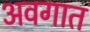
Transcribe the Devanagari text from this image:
अवगात